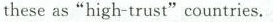
these as“high-trust"countries.